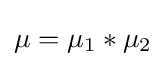
\mu =\mu _{1}*\mu _{2}